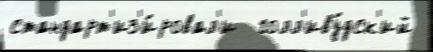
стандарт'из'и́ровал'и  голл'иву́дск'ий